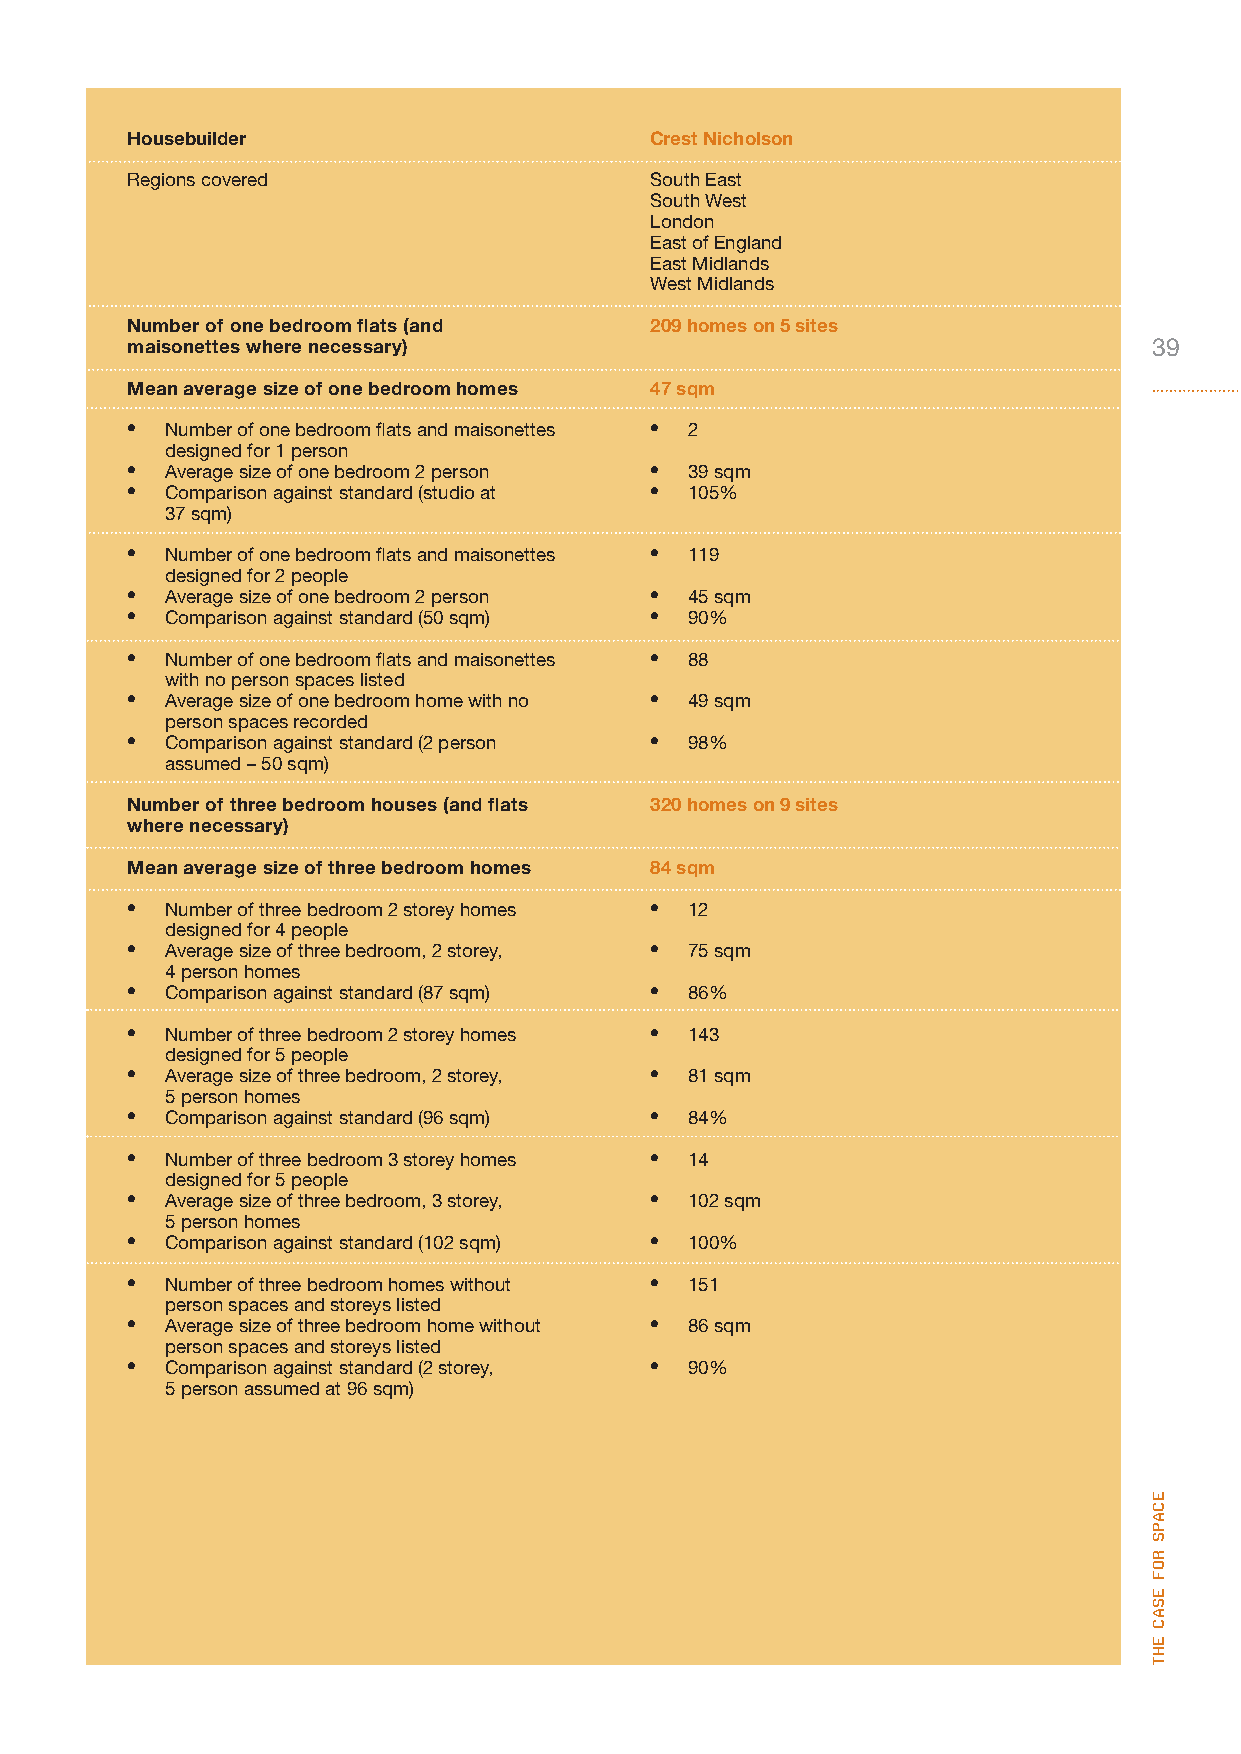
Housebuilder                       Crest Nicholson
 Regions covered                    South East
 South West
 London
 East of England
 East Midlands
 West Midlands
 Number of one bedroom flats (and   209 homes on 5 sites
 maisonettes where necessary)                                        39
 Mean average size of one bedroom homes 47 sqm
 •  Number of one bedroom flats and maisonettes • 2
 designed for 1 person
 •  Average size of one bedroom 2 person • 39 sqm
 •  Comparison against standard (studio at • 105%
 37 sqm)
 •  Number of one bedroom flats and maisonettes • 119
 designed for 2 people
 •  Average size of one bedroom 2 person • 45 sqm
 •  Comparison against standard (50 sqm) • 90%
 •  Number of one bedroom flats and maisonettes • 88
 with no person spaces listed
 •  Average size of one bedroom home with no • 49 sqm
 person spaces recorded
 •  Comparison against standard (2 person • 98%
 assumed – 50 sqm)
 Number of three bedroom houses (and flats 320 homes on 9 sites
 where necessary)
 Mean average size of three bedroom homes 84 sqm
 •  Number of three bedroom 2 storey homes • 12
 designed for 4 people
 •  Average size of three bedroom, 2 storey, • 75 sqm
 4 person homes
 •  Comparison against standard (87 sqm) • 86%
 •  Number of three bedroom 2 storey homes • 143
 designed for 5 people
 •  Average size of three bedroom, 2 storey, • 81 sqm
 5 person homes
 •  Comparison against standard (96 sqm) • 84%
 •  Number of three bedroom 3 storey homes • 14
 designed for 5 people
 •  Average size of three bedroom, 3 storey, • 102 sqm
 5 person homes
 •  Comparison against standard (102 sqm) • 100%
 •  Number of three bedroom homes without • 151
 person spaces and storeys listed
 •  Average size of three bedroom home without • 86 sqm
 person spaces and storeys listed
 •  Comparison against standard (2 storey, • 90%
 5 person assumed at 96 sqm)
 ecaPs
 rof
 esac
 eht